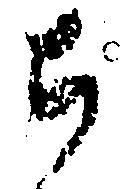
ち